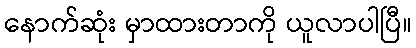
နောက်ဆုံး မှာထားတာကို ယူလာပါပြီ။